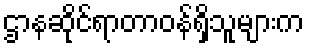
ဌာနဆိုင်ရာတာဝန်ရှိသူများက